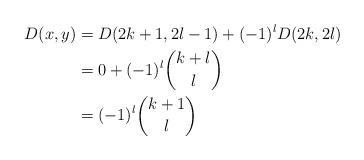
LaTeX: \begin{align*} D(x,y) &= D(2k + 1, 2l - 1) + (-1)^{l} D(2k, 2l)\\ &= 0 + (-1)^{l}\binom{k + l}{l}\\ &= (-1)^{l}\binom{k + 1}{l} \end{align*}